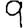
Digit: 9